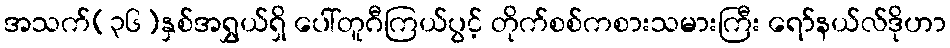
အသက်(၃၆)နှစ်အရွှယ်ရှိ ပေါ်တူဂီကြယ်ပွင့် တိုက်စစ်ကစားသမားကြီး ရော်နယ်လ်ဒိုဟာ